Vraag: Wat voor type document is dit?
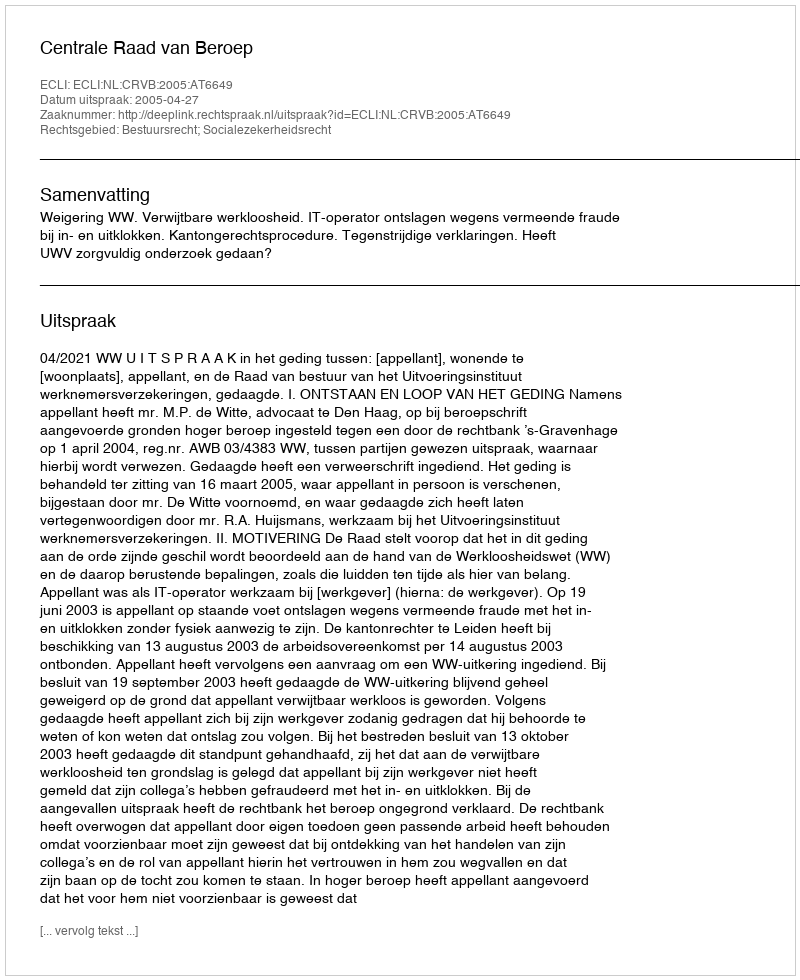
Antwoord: Uitspraak